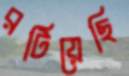
রটিয়েছি